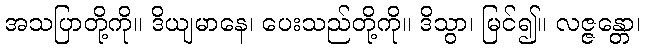
အသပြာတို့ကို။ ဒိယျမာနေ၊ ပေးသည်တို့ကို။ ဒိသွာ၊ မြင်၍။ လဇ္ဇန္တော၊